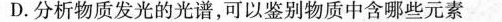
D. 分析物质发光的光谱，可以鉴别物质中含哪些元素